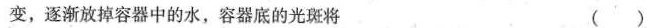
变，逐渐放掉容器中的水，容器底的光斑将 ()